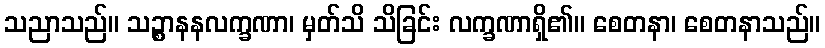
သညာသည်။ သဉ္စာနနလက္ခဏာ၊ မှတ်သိ သိခြင်း လက္ခဏာရှိ၏။ စေတနာ၊ စေတနာသည်။